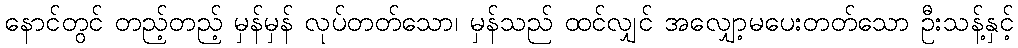
နောင်တွင် တည့်တည့် မှန်မှန် လုပ်တတ်သော၊ မှန်သည် ထင်လျှင် အလျှော့မပေးတတ်သော ဦးသန့်နှင့်